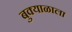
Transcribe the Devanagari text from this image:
बुक्याळाला